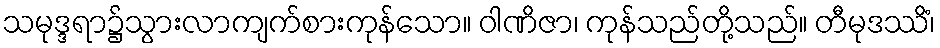
သမုဒ္ဒရာ၌သွားလာကျက်စားကုန်သော။ ဝါဏိဇာ၊ ကုန်သည်တို့သည်။ တီမုဒဿိံ၊